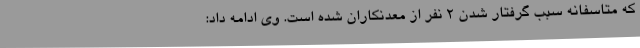
که متاسفانه سبب گرفتار شدن ۲ نفر از معدنکاران شده است. وی ادامه داد: